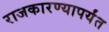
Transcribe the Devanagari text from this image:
राजकारण्यापर्यंत